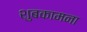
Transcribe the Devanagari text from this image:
शुबकामना